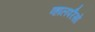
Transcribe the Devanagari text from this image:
व्हालपरैसो